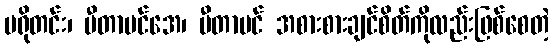
ပရိုတင်း၊ ဗီတာမင်အေ၊ ဗီတာမင် အစားစားချင်စိတ်ကိုလည်းဖြစ်စေတဲ့